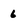
Character: 6